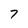
Character: 7